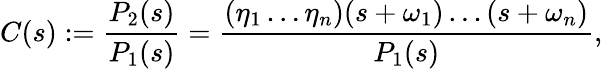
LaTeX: C(s):=\frac{P_{2}(s)}{P_{1}(s)}=\frac{(\eta_{1}\ldots\eta_{n})(s+\omega_{1})\ldots(s+\omega_{n})}{P_{1}(s)},